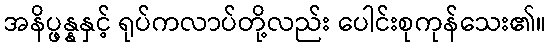
အနိပ္ဖန္နနှင့် ရုပ်ကလာပ်တို့လည်း ပေါင်းစုကုန်သေး၏။